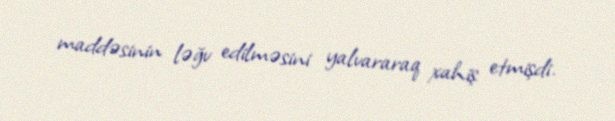
maddəsinin ləğv edilməsini yalvararaq xahiş etmişdi.